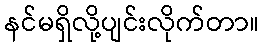
နင်မရှိလို့ပျင်းလိုက်တာ။